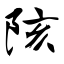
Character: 陔